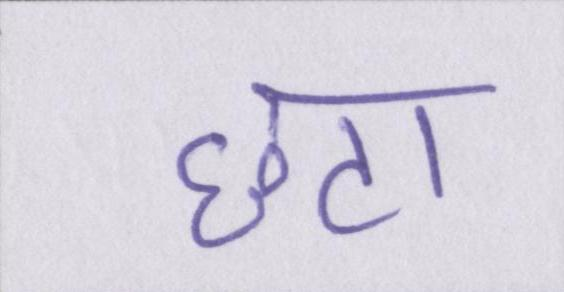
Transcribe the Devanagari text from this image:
छटा